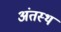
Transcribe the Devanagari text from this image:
अंतस्‍थ